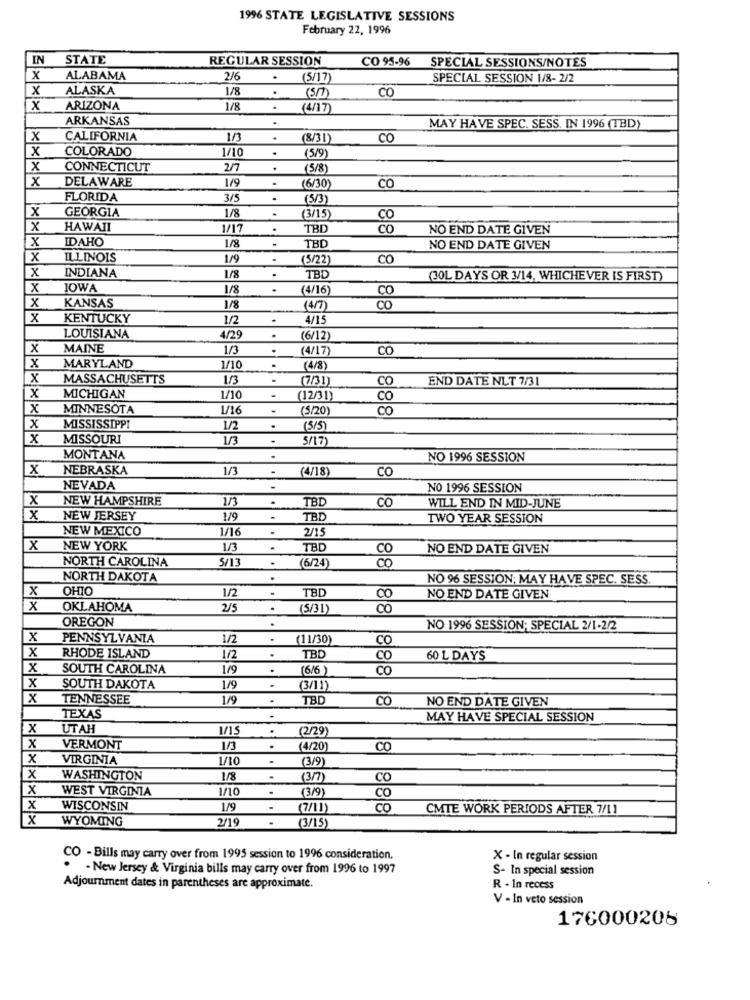
1996 STATE LEGISLATIVE SESSIONS
February 22, 1996
IN
STATE
REGULAR SESSION
CO 95-96 SPECIAL SESSIONS/NOTES
X
ALABAMA
2/6
.
(5/17)
SPECIAL SESSION 1/8- 2/2
x
ALASKA
1/8
.
CO
x
ARIZONA
1/8
.
(4/17)
ARKANSAS
MAY HAVE SPEC. SESS. IN 1996 (TBD)
x
CALIFORNIA
1/3
.
(8/31)
CO
x
COLORADO
1/10
.
(5/9)
X
CONNECTICUT
.
(5/8)
x
DELAWARE
.
1/9
(6/30)
CO
FLORIDA
3/5
.
(5/3)
X
GEORGIA
1/8
(3/15)
CO
X
HAWAII
1/17
.
TBD
Co
NO END DATE GIVEN
x
IDAHO
1/8
.
TBL
NO END DATE GIVEN
X
ILLINOIS
1/9
.
(5/22)
CO
X
INDIANA
1/8
TBD
(30L DAYS OR 3/14, WHICHEVER IS FIRST)
x
IOWA
1/8
(4/16)
x
KANSAS
1/8
(4/7)
CO
x
KENTUCKY
1/2
4/15
LOUISIANA
4/29
.
(6/12)
x
MAINE
1/3
.
(4/17)
CO
X
MARYLAND
1/10
(4/8)
X
MASSACHUSETTS
1/3
(7/31)
CO
END DATE NLT 7/31
MICHIGAN
1/10
(12/31)
CO
x
MINNESOTA
(5/20)
CO
x
MISSISSIPPI
1/2
(5/5)
x
MISSOURI
1/3
5/17
MONTANA
NO 1996 SESSION
x
NEBRASKA
1/3
.
(4/18)
CO
NEVADA
NO 1996 SESSION
X
NEW HAMPSHIRE
1/3
.
TBD
CO
WILL END IN MID-JUNE
x
NEW JERSEY
1/9
.
TBD
TWO YEAR SESSION
NEW MEXICO
1/16
2/15
X
NEW YORK
1/3
.
TBD
CO
NO END DATE GIVEN
NORTH CAROLINA
5/13
(6/24)
NORTH DAKOTA
.
NO 96 SESSION; MAY HAVE SPEC, SESS.
x
OHIO
1/2
TBD
.
00
NO END DATE GIVEN
x
OKLAHOMA
2/5
.
(5/31)
CO
OREGON
.
NO 1996 SESSION; SPECIAL 2/1-2/2
x
PENNSYLVANIA
1/2
.
(11/30)
CO
x
RHODE ISLAND
1/2
.
TBD
CO
60 L DAYS
x
SOUTH CAROLINA
1/9
.
(6/6
co
x
SOUTH DAKOTA
1/9
(3/11)
x
TENNESSEE
1/9
TBD
CO
NO END DATE GIVEN
TEXAS
MAY HAVE SPECIAL SESSION
X
UTAH
M/15
.
(2/29)
x
VERMONT
1/3
.
(4/20)
CO
x
VIRGINIA
1/10
(3/9)
X
WASHINGTON
1/8
.
(3/7)
co
X
WEST VIRGINIA
1/10
(3/9)
Co
x
WISCONSIN
1/9
(7/11)
co
CMTE WORK PERIODS AFTER 7/11
WYOMING
2/19
(3/15)
CO - Bills may carry over from 1995 session to 1996 consideration.
X - In regular session
.
- New Jersey & Virginia bills may carry over from 1996 to 1997
S- In special session
Adjournment dates in parentheses are approximate.
R - In recess
V - In veto session
176000208